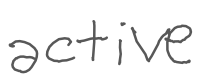
Text: active
Cross-out: clean
Writing tool: digital_gray